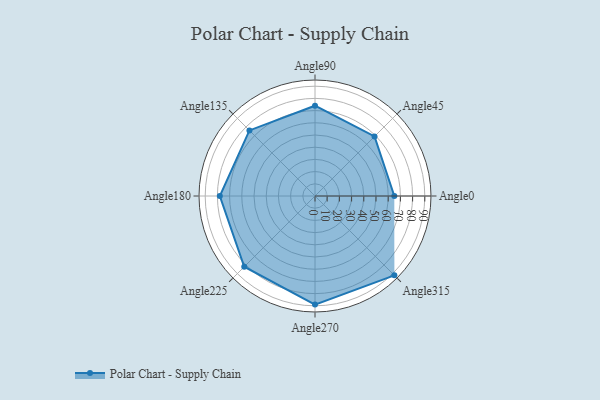
{"axis": {"x": "Angle", "y": "Radius"}, "legend": [""], "data": [{"x": "Angle0", "y": 65.0, "type": ""}, {"x": "Angle45", "y": 69.0, "type": ""}, {"x": "Angle90", "y": 74.0, "type": ""}, {"x": "Angle135", "y": 76.0, "type": ""}, {"x": "Angle180", "y": 78.0, "type": ""}, {"x": "Angle225", "y": 82.0, "type": ""}, {"x": "Angle270", "y": 89.0, "type": ""}, {"x": "Angle315", "y": 92.0, "type": ""}]}